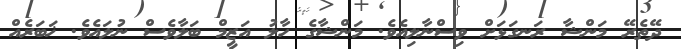
ދޭތެރޭ މަންޝާ ރަނގަޅަށް ވިސްނާލިއެވެ. މަންޝާގެ ހާލު އަޒީމް ބަލާވެސް ނުލައެވެ. ޚަބަރެއް